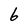
Character: 6